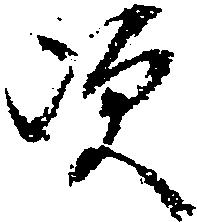
次